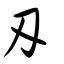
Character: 刄